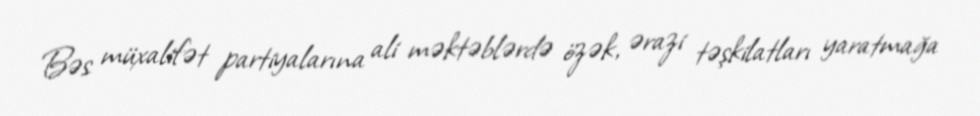
Bəs müxalifət partiyalarına ali məktəblərdə özək, ərazi təşkilatları yaratmağa